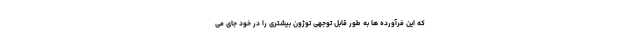
که این فرآورده ها به طور قابل توجهی توژون بیشتری را در خود جای می